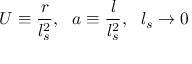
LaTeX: U \equiv \frac { r } { l _ { s } ^ { 2 } } , \ \ a \equiv \frac { l } { l _ { s } ^ { 2 } } , \ \ l _ { s } \rightarrow 0